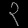
Digit: ၃